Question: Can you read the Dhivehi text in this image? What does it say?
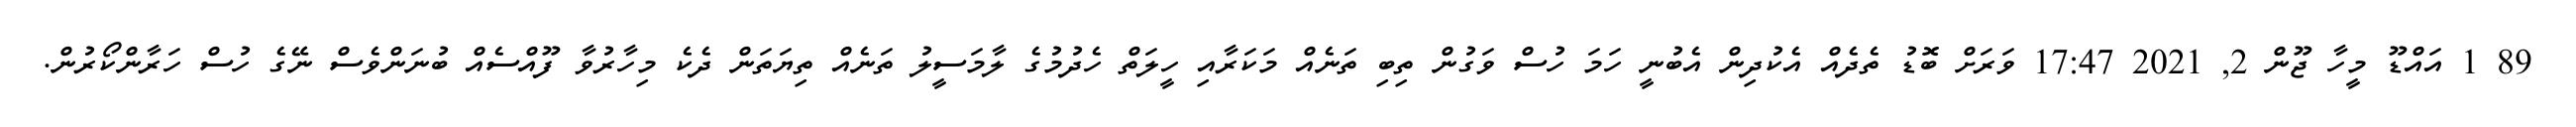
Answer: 89 1 އައްޑޫ މީހާ ޖޫން 2, 2021 17:47 ވަރަށް ބޮޑު ތެދެއް އެކުދިން އެބުނީ ހަމަ ހުސް ވަގުން ތިބި ތަނެއް މަކަރާއި ހީލަތް ހެދުމުގެ ލާމަސީލު ތަނެއް ތިޔަތަން ދެކެ މިހާރުވާ ފޫއްސެއް ބުނަންވެސް ނޭގެ ހުސް ހަރާންކޯރުން.